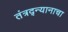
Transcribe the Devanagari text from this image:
तंत्रद्न्यानाचा